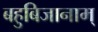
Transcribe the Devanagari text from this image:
बहुबिजानाम्